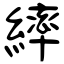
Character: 繂